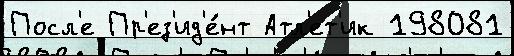
Посл'е Пр'ез'ид'е́нт Атл'ет'ик 198081